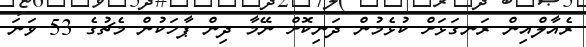
ރެއާލްއިން ރަނގަޅަށް ކުޅެމުން ދަނިކޮށް ނޭމާ ދިން ޕާހަކުން މެޗުގެ 53 ވަނަ